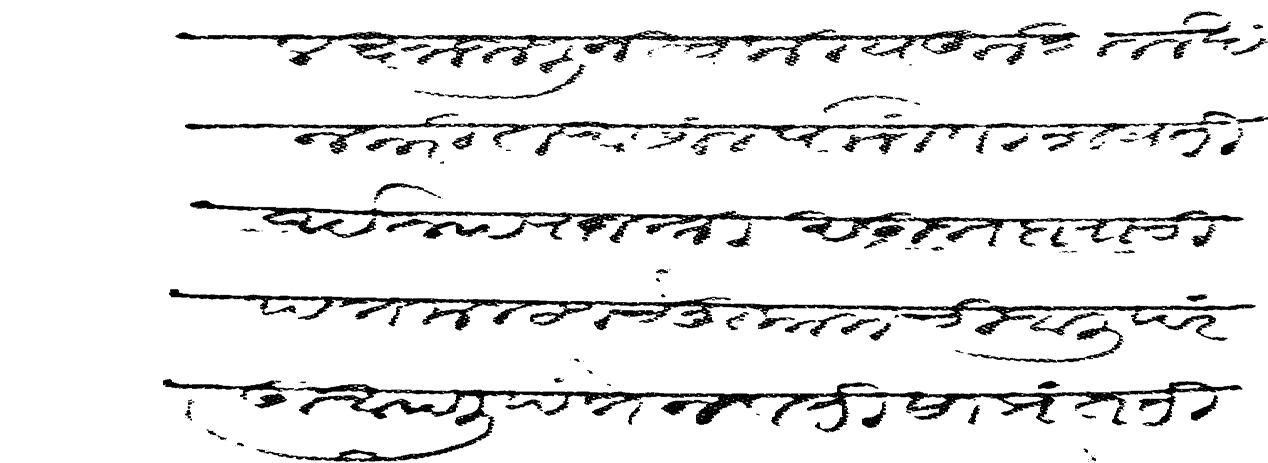
Transliteration (Devanagari): लक्षमे जाणून स्वकीय कुशल लेखन करीत असीले पााजे विशेष तीर्थरूप राजश्री सुभेदाराची पत्रे मलटण चे मुकामची आली परंतु आपली पत्रे नवती साप्रंत तीर्थरूप